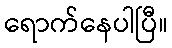
ရောက်နေပါပြီ။